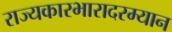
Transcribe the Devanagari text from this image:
राज्यकारभारादरम्यान